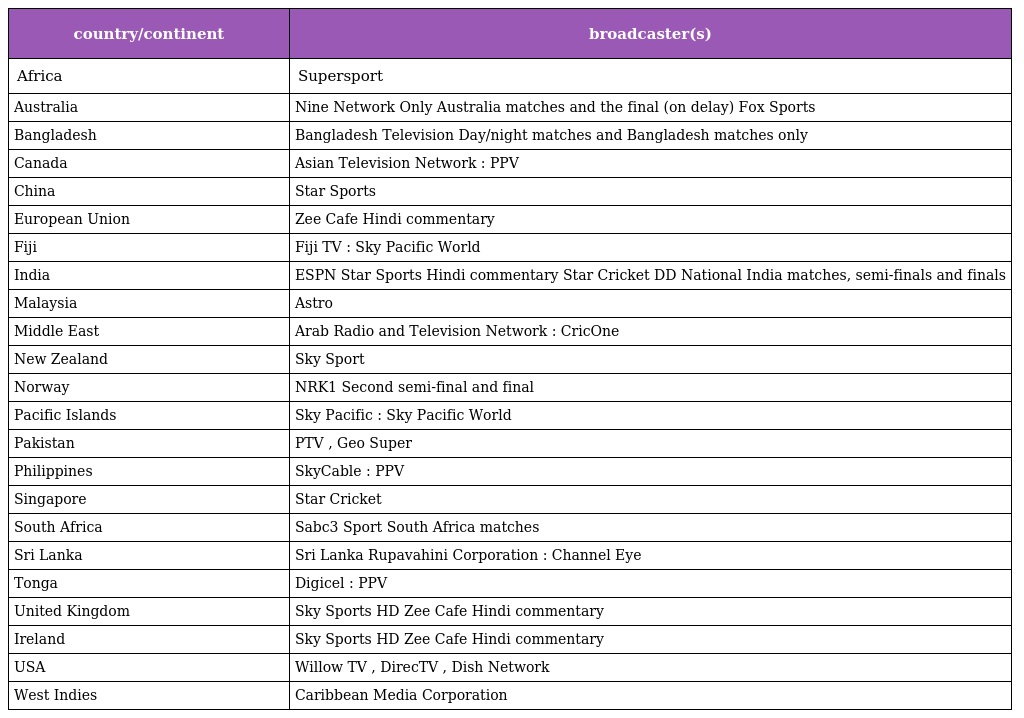
| country/continent | broadcaster(s) |
 | --- | --- |
 | Africa | Supersport |
 | Australia | Nine Network Only Australia matches and the final (on delay) Fox Sports |
 | Bangladesh | Bangladesh Television Day/night matches and Bangladesh matches only |
 | Canada | Asian Television Network : PPV |
 | China | Star Sports |
 | European Union | Zee Cafe Hindi commentary |
 | Fiji | Fiji TV : Sky Pacific World |
 | India | ESPN Star Sports Hindi commentary Star Cricket DD National India matches, semi-finals and finals |
 | Malaysia | Astro |
 | Middle East | Arab Radio and Television Network : CricOne |
 | New Zealand | Sky Sport |
 | Norway | NRK1 Second semi-final and final |
 | Pacific Islands | Sky Pacific : Sky Pacific World |
 | Pakistan | PTV , Geo Super |
 | Philippines | SkyCable : PPV |
 | Singapore | Star Cricket |
 | South Africa | Sabc3 Sport South Africa matches |
 | Sri Lanka | Sri Lanka Rupavahini Corporation : Channel Eye |
 | Tonga | Digicel : PPV |
 | United Kingdom | Sky Sports HD Zee Cafe Hindi commentary |
 | Ireland | Sky Sports HD Zee Cafe Hindi commentary |
 | USA | Willow TV , DirecTV , Dish Network |
 | West Indies | Caribbean Media Corporation |